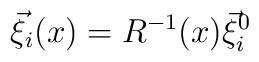
\vec\xi_i(x) = R^{-1}(x)\vec\xi_i^0